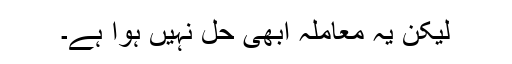
لیکن یہ معاملہ ابھی حل نہیں ہوا ہے۔